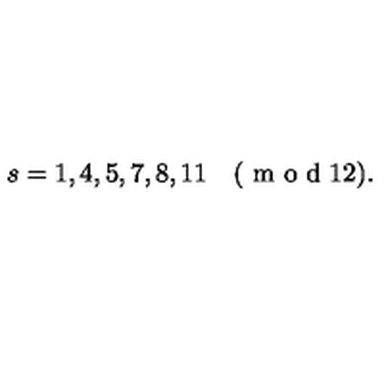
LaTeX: s = 1 , 4 , 5 , 7 , 8 , 1 1 \quad ( \textrm { m o d } 1 2 ) .